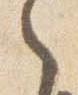
之